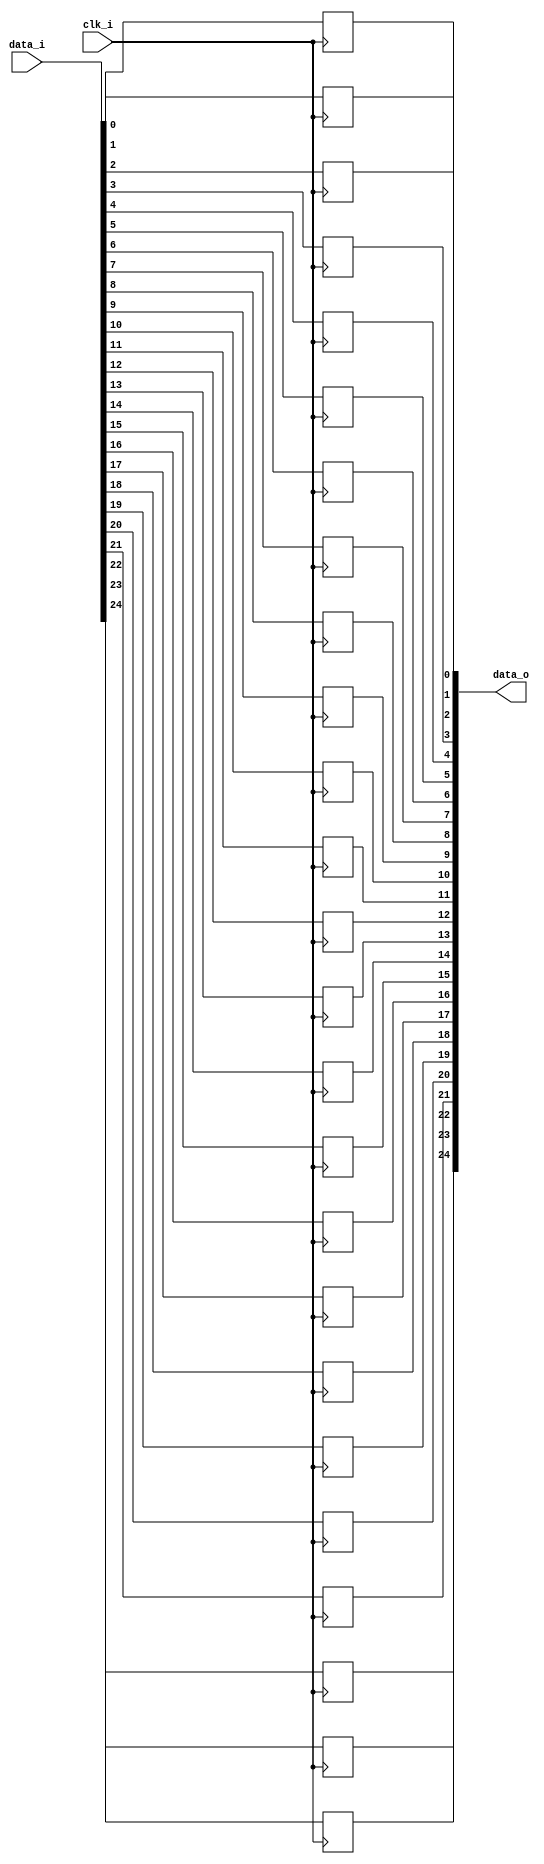
// This program was cloned from: https://github.com/NYU-MLDA/OpenABC
// License: BSD 3-Clause "New" or "Revised" License

module bsg_dff_width_p25
(
  clk_i,
  data_i,
  data_o
);

  input [24:0] data_i;
  output [24:0] data_o;
  input clk_i;
  wire [24:0] data_o;
  reg data_o_24_sv2v_reg,data_o_23_sv2v_reg,data_o_22_sv2v_reg,data_o_21_sv2v_reg,
  data_o_20_sv2v_reg,data_o_19_sv2v_reg,data_o_18_sv2v_reg,data_o_17_sv2v_reg,
  data_o_16_sv2v_reg,data_o_15_sv2v_reg,data_o_14_sv2v_reg,data_o_13_sv2v_reg,
  data_o_12_sv2v_reg,data_o_11_sv2v_reg,data_o_10_sv2v_reg,data_o_9_sv2v_reg,
  data_o_8_sv2v_reg,data_o_7_sv2v_reg,data_o_6_sv2v_reg,data_o_5_sv2v_reg,data_o_4_sv2v_reg,
  data_o_3_sv2v_reg,data_o_2_sv2v_reg,data_o_1_sv2v_reg,data_o_0_sv2v_reg;
  assign data_o[24] = data_o_24_sv2v_reg;
  assign data_o[23] = data_o_23_sv2v_reg;
  assign data_o[22] = data_o_22_sv2v_reg;
  assign data_o[21] = data_o_21_sv2v_reg;
  assign data_o[20] = data_o_20_sv2v_reg;
  assign data_o[19] = data_o_19_sv2v_reg;
  assign data_o[18] = data_o_18_sv2v_reg;
  assign data_o[17] = data_o_17_sv2v_reg;
  assign data_o[16] = data_o_16_sv2v_reg;
  assign data_o[15] = data_o_15_sv2v_reg;
  assign data_o[14] = data_o_14_sv2v_reg;
  assign data_o[13] = data_o_13_sv2v_reg;
  assign data_o[12] = data_o_12_sv2v_reg;
  assign data_o[11] = data_o_11_sv2v_reg;
  assign data_o[10] = data_o_10_sv2v_reg;
  assign data_o[9] = data_o_9_sv2v_reg;
  assign data_o[8] = data_o_8_sv2v_reg;
  assign data_o[7] = data_o_7_sv2v_reg;
  assign data_o[6] = data_o_6_sv2v_reg;
  assign data_o[5] = data_o_5_sv2v_reg;
  assign data_o[4] = data_o_4_sv2v_reg;
  assign data_o[3] = data_o_3_sv2v_reg;
  assign data_o[2] = data_o_2_sv2v_reg;
  assign data_o[1] = data_o_1_sv2v_reg;
  assign data_o[0] = data_o_0_sv2v_reg;

  always @(posedge clk_i) begin
    if(1'b1) begin
      data_o_24_sv2v_reg <= data_i[24];
    end 
  end


  always @(posedge clk_i) begin
    if(1'b1) begin
      data_o_23_sv2v_reg <= data_i[23];
    end 
  end


  always @(posedge clk_i) begin
    if(1'b1) begin
      data_o_22_sv2v_reg <= data_i[22];
    end 
  end


  always @(posedge clk_i) begin
    if(1'b1) begin
      data_o_21_sv2v_reg <= data_i[21];
    end 
  end


  always @(posedge clk_i) begin
    if(1'b1) begin
      data_o_20_sv2v_reg <= data_i[20];
    end 
  end


  always @(posedge clk_i) begin
    if(1'b1) begin
      data_o_19_sv2v_reg <= data_i[19];
    end 
  end


  always @(posedge clk_i) begin
    if(1'b1) begin
      data_o_18_sv2v_reg <= data_i[18];
    end 
  end


  always @(posedge clk_i) begin
    if(1'b1) begin
      data_o_17_sv2v_reg <= data_i[17];
    end 
  end


  always @(posedge clk_i) begin
    if(1'b1) begin
      data_o_16_sv2v_reg <= data_i[16];
    end 
  end


  always @(posedge clk_i) begin
    if(1'b1) begin
      data_o_15_sv2v_reg <= data_i[15];
    end 
  end


  always @(posedge clk_i) begin
    if(1'b1) begin
      data_o_14_sv2v_reg <= data_i[14];
    end 
  end


  always @(posedge clk_i) begin
    if(1'b1) begin
      data_o_13_sv2v_reg <= data_i[13];
    end 
  end


  always @(posedge clk_i) begin
    if(1'b1) begin
      data_o_12_sv2v_reg <= data_i[12];
    end 
  end


  always @(posedge clk_i) begin
    if(1'b1) begin
      data_o_11_sv2v_reg <= data_i[11];
    end 
  end


  always @(posedge clk_i) begin
    if(1'b1) begin
      data_o_10_sv2v_reg <= data_i[10];
    end 
  end


  always @(posedge clk_i) begin
    if(1'b1) begin
      data_o_9_sv2v_reg <= data_i[9];
    end 
  end


  always @(posedge clk_i) begin
    if(1'b1) begin
      data_o_8_sv2v_reg <= data_i[8];
    end 
  end


  always @(posedge clk_i) begin
    if(1'b1) begin
      data_o_7_sv2v_reg <= data_i[7];
    end 
  end


  always @(posedge clk_i) begin
    if(1'b1) begin
      data_o_6_sv2v_reg <= data_i[6];
    end 
  end


  always @(posedge clk_i) begin
    if(1'b1) begin
      data_o_5_sv2v_reg <= data_i[5];
    end 
  end


  always @(posedge clk_i) begin
    if(1'b1) begin
      data_o_4_sv2v_reg <= data_i[4];
    end 
  end


  always @(posedge clk_i) begin
    if(1'b1) begin
      data_o_3_sv2v_reg <= data_i[3];
    end 
  end


  always @(posedge clk_i) begin
    if(1'b1) begin
      data_o_2_sv2v_reg <= data_i[2];
    end 
  end


  always @(posedge clk_i) begin
    if(1'b1) begin
      data_o_1_sv2v_reg <= data_i[1];
    end 
  end


  always @(posedge clk_i) begin
    if(1'b1) begin
      data_o_0_sv2v_reg <= data_i[0];
    end 
  end


endmodule